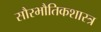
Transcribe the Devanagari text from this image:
सौरभौतिकशास्त्र